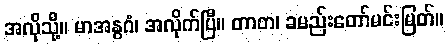
အလိုသို့။ မာအနွဂံ၊ အလိုက်ပြီ။ တာတ၊ ခမည်းတော်မင်းမြတ်။